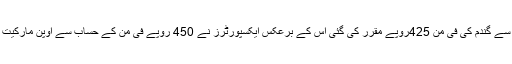
حکومت کی جانب سے گندم کی فی من 425روپے مقرر کی گئی اس کے برعکس ایکسپورٹرز نے 450 روپے فی من کے حساب سے اوپن مارکیت سے گندم خرید لی۔